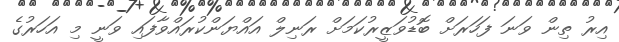
އިރު ތިން ވަނަ ފަހަރަށް ބޮޑުވަޒީރުކަމަށް ރަނިލް އައްޔަންކުރައްވާފައި ވަނީ މި އަހަރުގެ